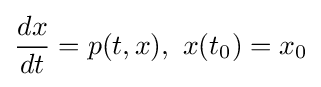
{\frac {dx}{dt}}=p(t,x),~x(t_{0})=x_{0}